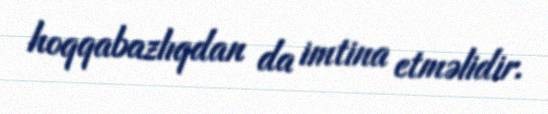
hoqqabazlıqdan da imtina etməlidir.